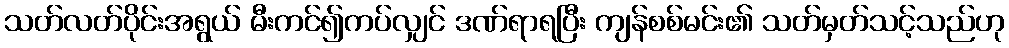
သတ်လတ်ပိုင်းအရွယ် မီးကင်၍ကပ်လျှင် ဒဏ်ရာရပြီး ကျန်စစ်မင်း၏ သတ်မှတ်သင့်သည်ဟု